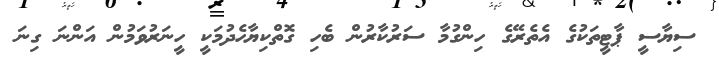
ސިޔާސީ ޕާޓީތަކުގެ އެތެރޭގެ ހިންގުމާ ސަރުކާރުން ބެހި ގޮތްކިޔާހެދުމަކީ ހީނަރުވަމުން އަންނަ ގިނަ